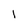
Character: 1